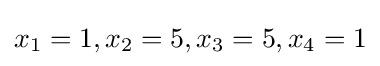
x_{1}=1,x_{2}=5,x_{3}=5,x_{4}=1